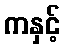
ကနှင့်